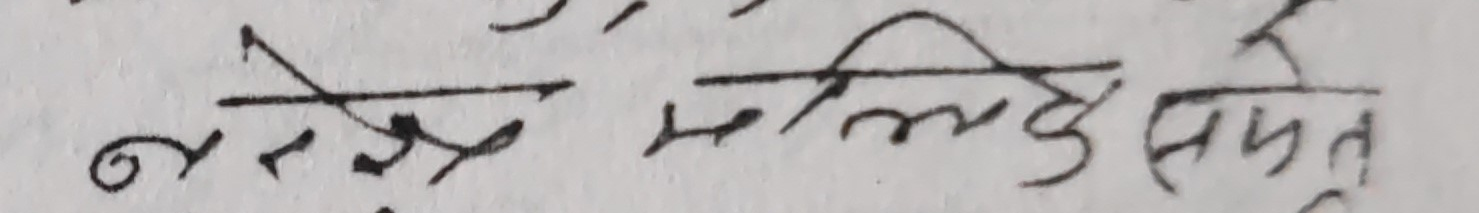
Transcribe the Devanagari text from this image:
नरहेकोले मलिए सिते